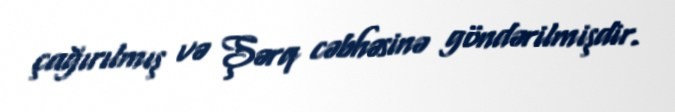
çağırılmış və Şərq cəbhəsinə göndərilmişdir.